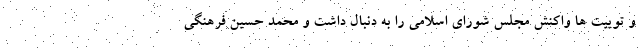
و توییت ها واکنش مجلس شورای اسلامی را به دنبال داشت و محمد حسین فرهنگی